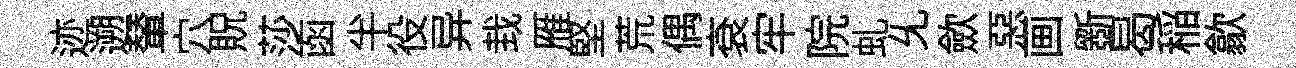
迹遡輦穴貺莎函半役异㘽雁堅荒偶袞牢院虬𠃔歛惡画斵曷稲歙